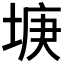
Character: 𡌻